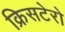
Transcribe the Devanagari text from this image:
क्रिसटेरो